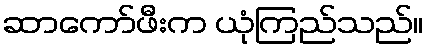
ဆာကော်ဖီးက ယုံကြည်သည်။